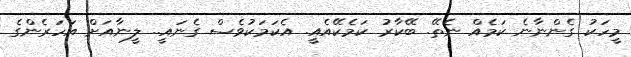
މީހަކު ގެންނާނެ ކަމެއް ނެތޭ. ބޭކާރު ކަމެކޭއެއީ. އެކަމަކުވެސް ގެނައީ.. ލީނާއަށް އަހަރެންގެ